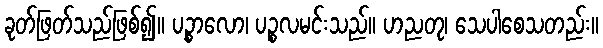
ခုတ်ဖြတ်သည်ဖြစ်၍။ ပဉ္စာလော၊ ပဉ္စလမင်းသည်။ ဟညတု၊ သေပါစေသတည်း။